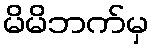
မိမိဘက်မှ